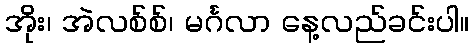
အိုး၊ အဲလစ်စ်၊ မင်္ဂလာ နေ့လည်ခင်းပါ။